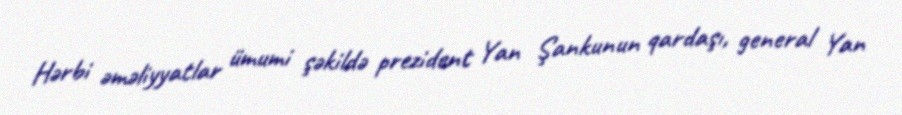
Hərbi əməliyyatlar ümumi şəkildə prezident Yan Şankunun qardaşı, general Yan